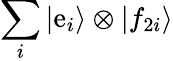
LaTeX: \sum_{i}|\mathrm{e}_{i}\rangle\otimes|f_{2i}\rangle